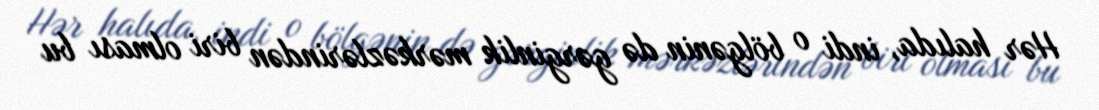
Hər halıda, indi o bölgənin də gərginlik mərkəzlərindən biri olması bu